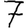
Digit: 7